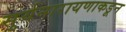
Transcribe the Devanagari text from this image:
सुर्यनारायणाकडून